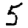
Digit: 5